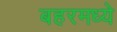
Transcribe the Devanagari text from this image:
बहरमध्ये